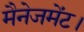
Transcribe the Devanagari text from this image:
मैनेजमेंट।